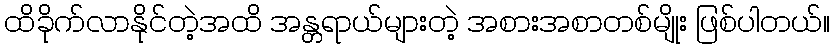
ထိခိုက်လာနိုင်တဲ့အထိ အန္တရာယ်များတဲ့ အစားအစာတစ်မျိုး ဖြစ်ပါတယ်။